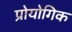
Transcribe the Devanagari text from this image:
प्रोयोगिक